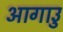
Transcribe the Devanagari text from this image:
आगाउु